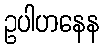
ဥပါဟနေန